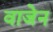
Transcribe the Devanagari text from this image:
वाजेन